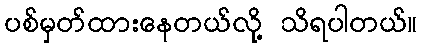
ပစ်မှတ်ထားနေတယ်လို့ သိရပါတယ်။